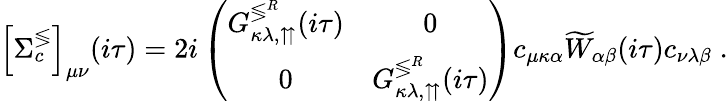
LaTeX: \left[\Sigma_{c}^{\lessgtr}\right]_{\mu\nu}(i\tau)=2i\left(\begin{array}{cc}{G_{\kappa\lambda,\upuparrows}^{\lessgtr^{R}}(i\tau)}&{0}\\ {0}&{G_{\kappa\lambda,\upuparrows}^{\lessgtr^{R}}(i\tau)}\end{array}\right)c_{\mu\kappa\alpha}\widetilde{W}_{\alpha\beta}(i\tau)c_{\nu\lambda\beta}\; .